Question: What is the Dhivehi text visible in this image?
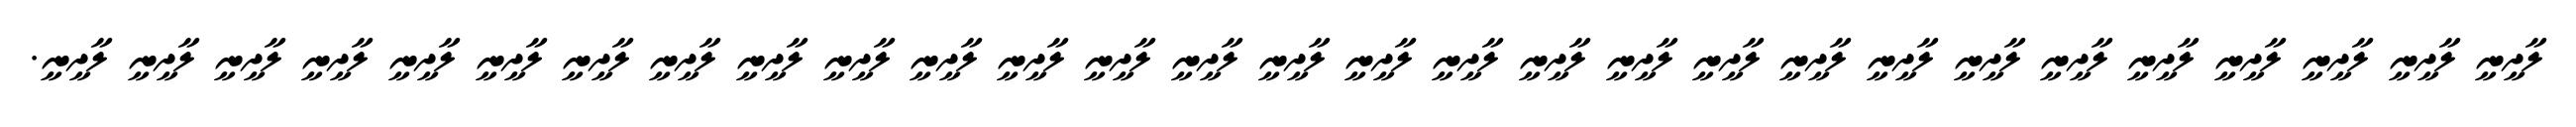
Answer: ލާދީނީ ލާދީނީ ލާދީނީ ލާދީނީ ލާދީނީ ލާދީނީ ލާދީނީ ލާދީނީ ލާދީނީ ލާދީނީ ލާދީނީ ލާދީނީ ލާދީނީ ލާދީނީ ލާދީނީ ލާދީނީ ލާދީނީ ލާދީނީ ލާދީނީ ލާދީނީ ލާދީނީ ލާދީނީ ލާދީނީ ލާދީނީ ލާދީނީ ލާދީނީ ލާދީނީ ލާދީނީ ލާދީނީ.